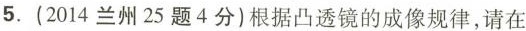
5. (2014兰州25题4分)根据凸透镜的成像规律，请在